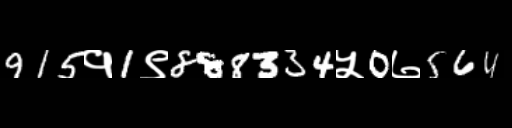
Text: 915१1९888334५0७564